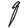
Character: q